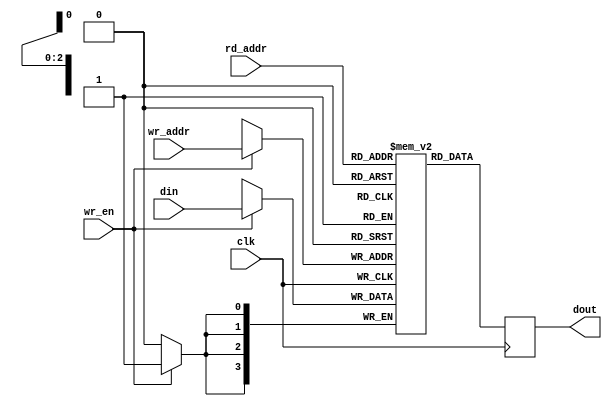
module simple_dualport_ram
#(
    parameter WIDTH = 4,
    parameter DEPTH = 2**3
)
(
    input clk,
    input wr_en,
    input [$clog2(DEPTH)-1:0] wr_addr,
    input [$clog2(DEPTH)-1:0] rd_addr,
    input [WIDTH-1:0] din,
    output reg [WIDTH-1:0] dout
);

    reg [WIDTH-1:0] mem [DEPTH];

    always @(posedge clk)
        begin
            if(wr_en)
                mem[wr_addr] <= din;
            dout <= mem[rd_addr];
        end

endmodule